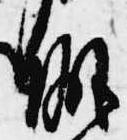
僻